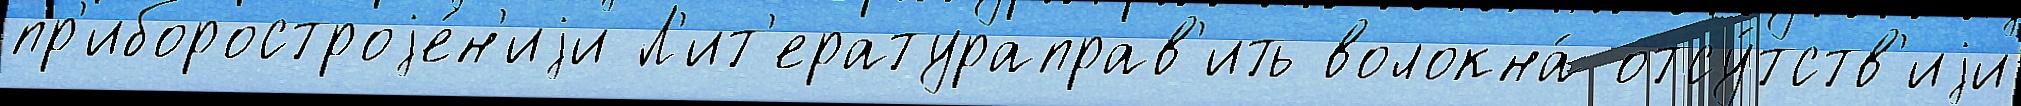
пр'иборостроjе́н'иjи Л'ит'ератураправ'ить волокна́ отсу́тств'иjи